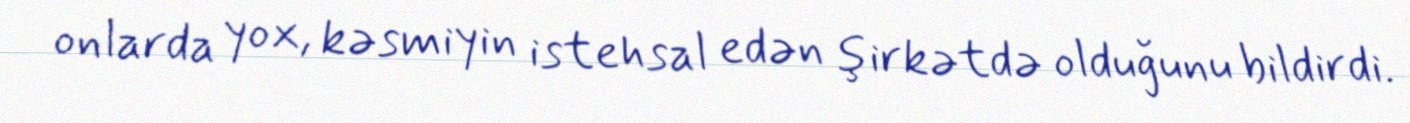
onlarda yox, kəsmiyin istehsal edən şirkətdə olduğunu bildirdi.